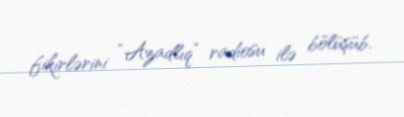
fikirlərini “Azadlıq” radiosu ilə bölüşüb.